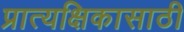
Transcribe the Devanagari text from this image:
प्रात्यक्षिकासाठी